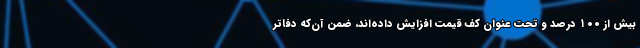
بیش از ۱۰۰ درصد و تحت عنوان کف قیمت افزایش داده‌اند، ضمن آن‌که دفاتر